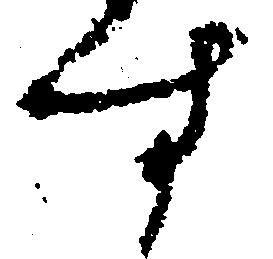
す